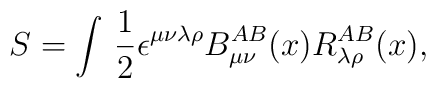
S=\int\, \frac{1}{2} \epsilon^{\mu\nu\lambda\rho}B_{\mu\nu}^{AB}(x)R_{\lambda\rho}^{AB}(x),